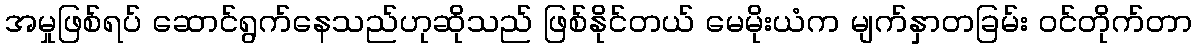
အမှုဖြစ်ရပ် ဆောင်ရွက်နေသည်ဟုဆိုသည် ဖြစ်နိုင်တယ် မေမိုးယံက မျက်နှာတခြမ်း ဝင်တိုက်တာ